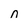
Character: n